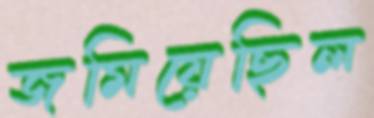
জমিয়েছিল